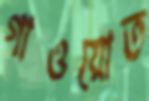
গাওয়োত